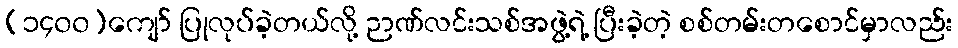
(၁၄၀၀)ကျော် ပြုလုပ်ခဲ့တယ်လို့ ဉာဏ်လင်းသစ်အဖွဲ့ရဲ့ ပြီးခဲ့တဲ့ စစ်တမ်းတစောင်မှာလည်း